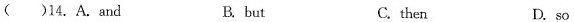
( )14. A.and B. but C.then D. so